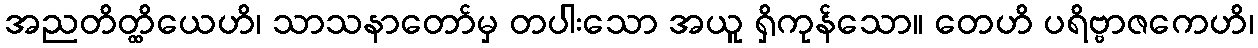
အညတိတ္ထိယေဟိ၊ သာသနာတော်မှ တပါးသော အယူ ရှိကုန်သော။ တေဟိ ပရိဗ္ဗာဇကေဟိ၊